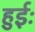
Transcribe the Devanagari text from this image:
हुईः